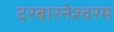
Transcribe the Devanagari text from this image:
दरबारनेश्वरम